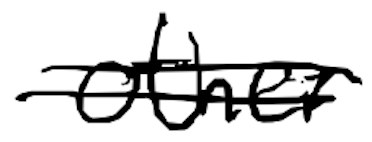
Text: other
Cross-out: double-line
Writing tool: digital_black